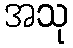
အသု